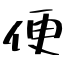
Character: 便